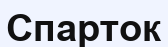
Спарток